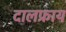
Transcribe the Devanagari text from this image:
दालफ्राय